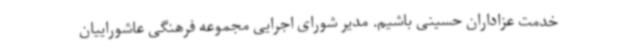
خدمت عزاداران حسینی باشیم. مدیر شورای اجرایی مجموعه فرهنگی عاشوراییان